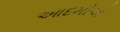
આદમીએ